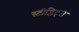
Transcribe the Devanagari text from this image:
स्टीग्लिट्ज़